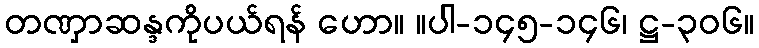
တဏှာဆန္ဒကိုပယ်ရန် ဟော။ ။ပါ-၁၄၅-၁၄၆၊ ဋ္ဌ-၃၀၆။